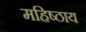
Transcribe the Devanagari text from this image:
महिष्ठाय